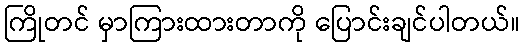
ကြိုတင် မှာကြားထားတာကို ပြောင်းချင်ပါတယ်။